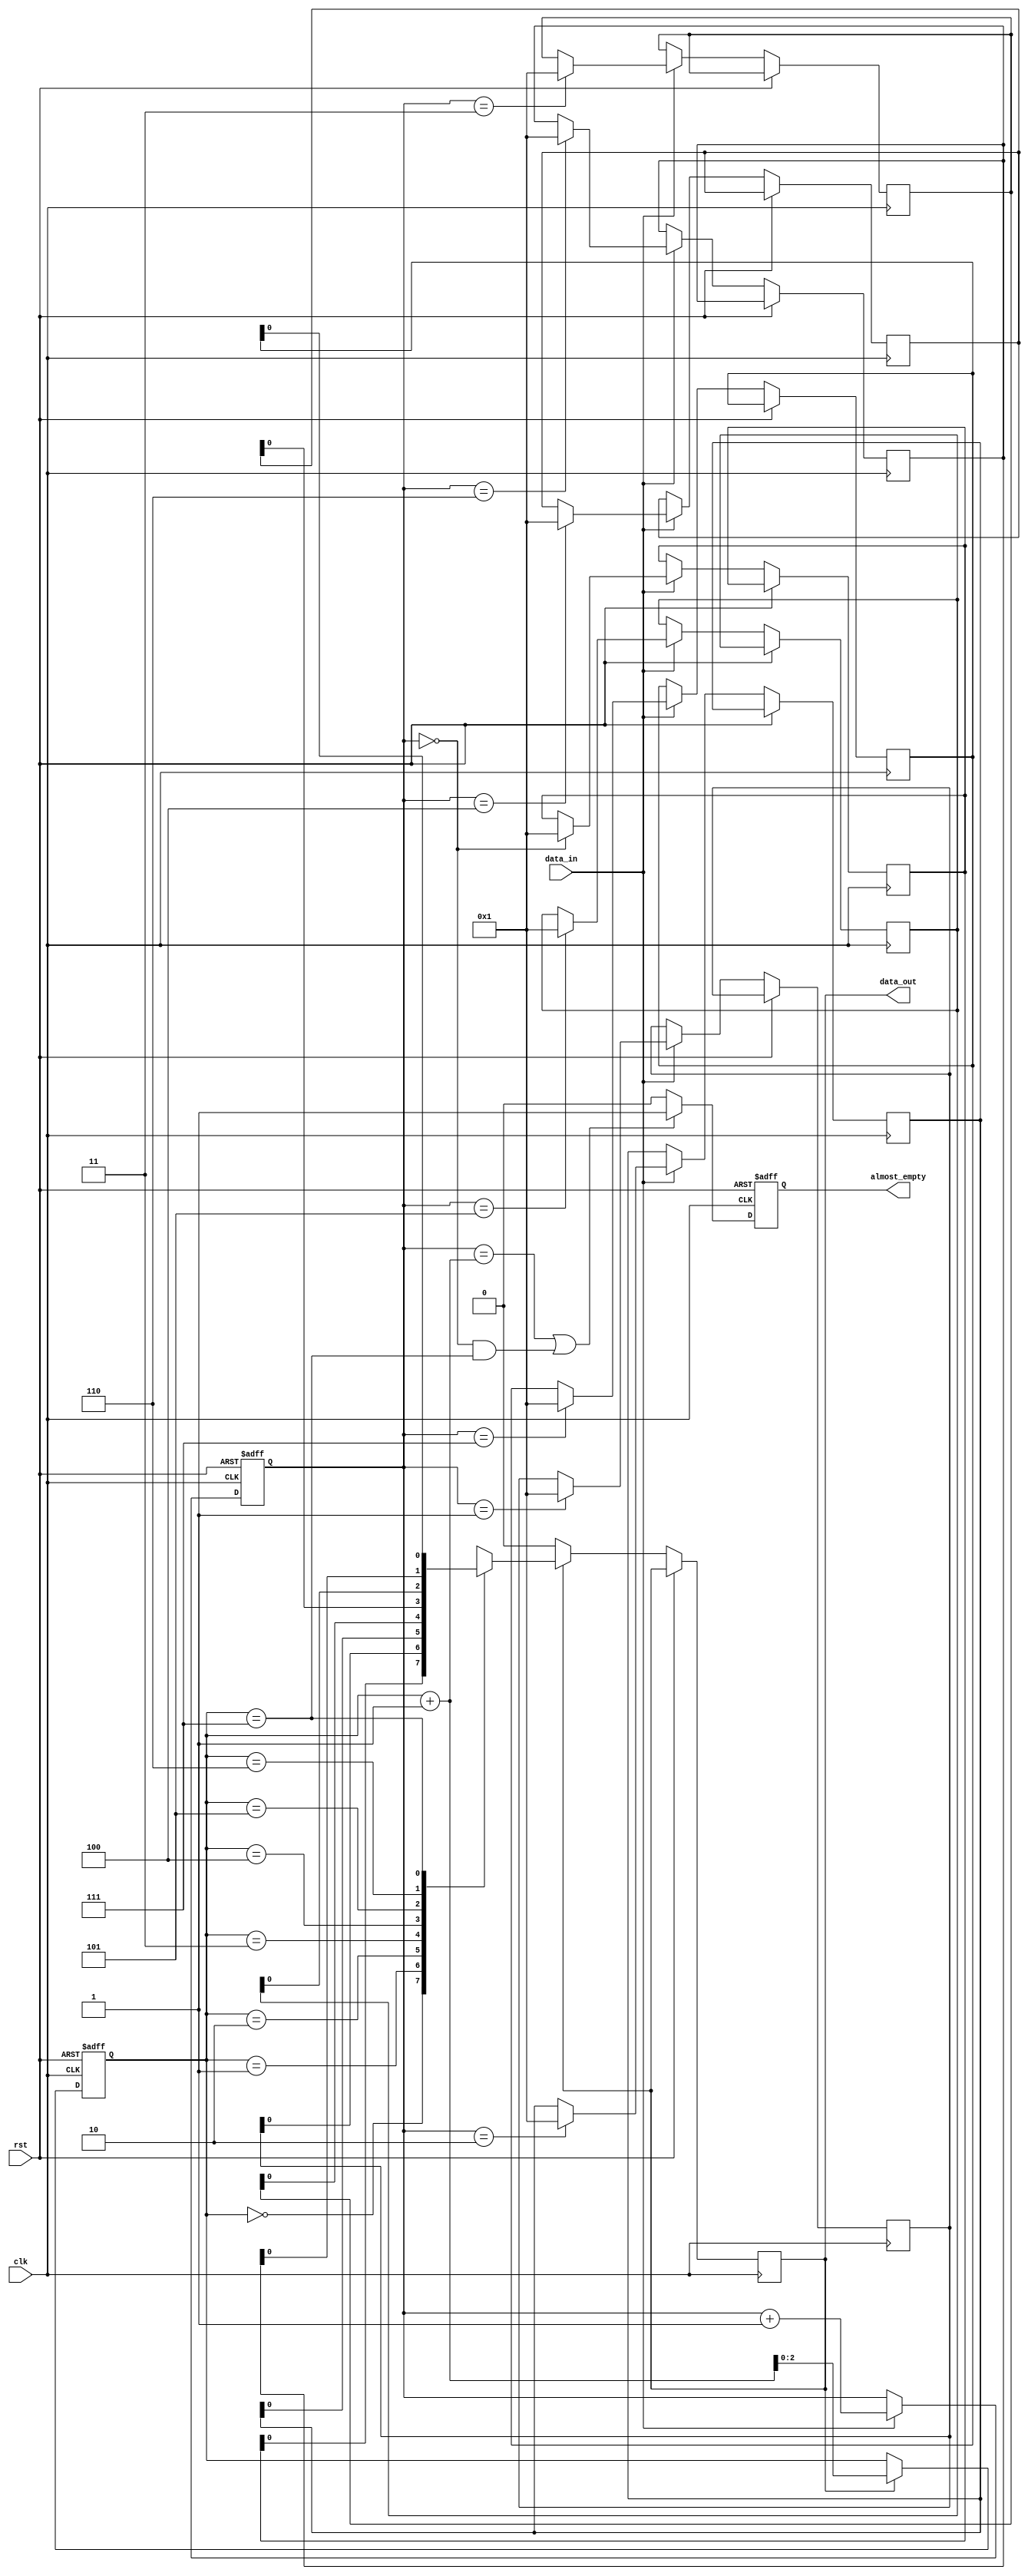
module AlmostEmptyFIFO (
    input wire clk,
    input wire rst,
    input wire data_in,
    output wire data_out,
    output reg almost_empty
);

parameter BUFFER_SIZE = 8;
reg [7:0] buffer [0:BUFFER_SIZE-1];
reg [2:0] read_ptr, write_ptr;

always @(posedge clk or posedge rst) begin
    if (rst) begin
        read_ptr <= 0;
        write_ptr <= 0;
        almost_empty <= 0;
    end else begin
        if (write_ptr == read_ptr + 1 || (write_ptr == 0 && read_ptr == BUFFER_SIZE-1)) begin
            almost_empty <= 1;
        end else begin
            almost_empty <= 0;
        end
        
        if (data_in) begin
            buffer[write_ptr] <= data_in;
            write_ptr <= write_ptr + 1;
        end
        
        if (data_out) begin
            data_out <= buffer[read_ptr];
            read_ptr <= read_ptr + 1;
        end
    end
end

endmodule